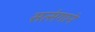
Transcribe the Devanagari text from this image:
सत्संगाने